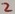
Text: 2